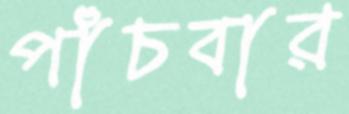
পাঁচবার